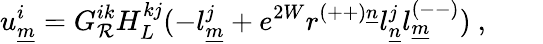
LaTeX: u_{\underline{{{m}}}}^{i}=G_{{\cal R}}^{ik}H_{L}^{kj}(-l_{\underline{{{m}}}}^{j}+e^{2W}r^{(++)\underline{{{n}}}}l_{\underline{{{n}}}}^{j}l_{\underline{{{m}}}}^{(--)})~,\qquad